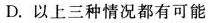
D.以上三种情况都有可能